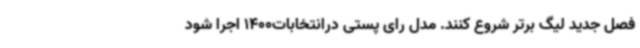
فصل جدید لیگ برتر شروع کنند. مدل رای پستی درانتخابات1400 اجرا شود